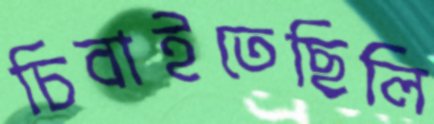
চিবাইতেছিলি